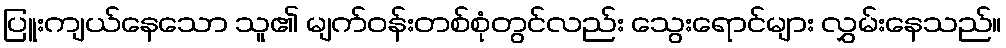
ပြူးကျယ်နေသော သူ၏ မျက်ဝန်းတစ်စုံတွင်လည်း သွေးရောင်များ လွှမ်းနေသည်။